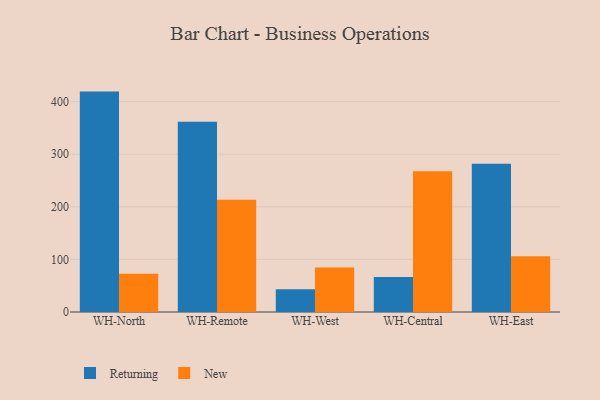
{"axis": {"x": "Warehouse", "y": "Net Income (USD K)"}, "legend": ["New", "Returning"], "data": [{"x": "WH-North", "y": 419.1, "type": "Returning"}, {"x": "WH-North", "y": 72.7, "type": "New"}, {"x": "WH-Remote", "y": 361.7, "type": "Returning"}, {"x": "WH-Remote", "y": 213.6, "type": "New"}, {"x": "WH-West", "y": 43.2, "type": "Returning"}, {"x": "WH-West", "y": 84.5, "type": "New"}, {"x": "WH-Central", "y": 66.6, "type": "Returning"}, {"x": "WH-Central", "y": 267.6, "type": "New"}, {"x": "WH-East", "y": 282.0, "type": "Returning"}, {"x": "WH-East", "y": 106.2, "type": "New"}]}